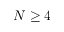
N \ge 4